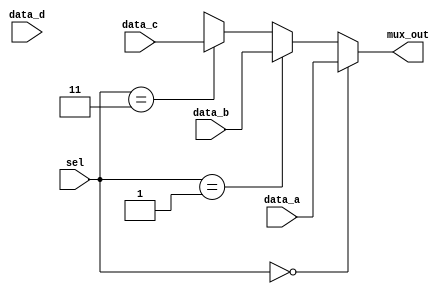
module mux_4ch #(parameter word_sz=8)
	(	output [word_sz-1:0] mux_out,
		input [word_sz-1:0] data_a, data_b, data_c, data_d,
		input [1:0]sel);
	assign mux_out = (sel == 0) ? data_a :
			 (sel == 1) ? data_b :
			 (sel == 3) ? data_c :
			 (sel == 4) ? data_d : 'bx;
endmodule